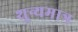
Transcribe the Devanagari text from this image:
शून्यमात्र